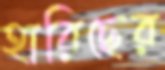
হারিছের